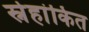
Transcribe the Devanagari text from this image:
स्नेहांकित